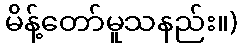
မိန့်တော်မူသနည်း။)